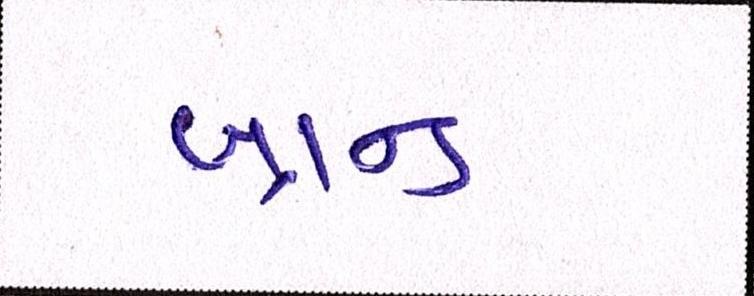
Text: બ્રાન્ડ